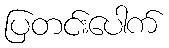
ပြတင်းပေါက်